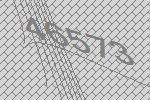
46573